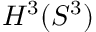
H ^ { 3 } ( S ^ { 3 } )